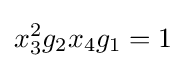
x_{3}^{2}g_{2}x_{4}g_{1}=1